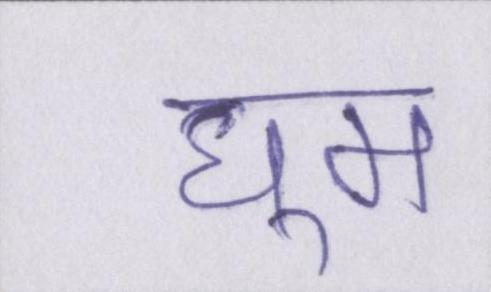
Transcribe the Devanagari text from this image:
घूम